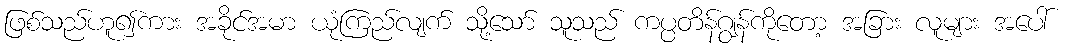
ဖြစ်သည်ဟူ၍ကား အခိုင်အမာ ယုံကြည်လျက် သို့သော် သူသည် ကပ္ပတိန်ဂျွန်ကိုတော့ အခြား လူများ အပေါ်